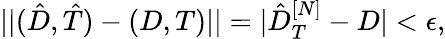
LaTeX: \vert\vert(\hat{D},\hat{T})-(D,T)\vert\vert=|\hat{D}_{T}^{[N]}-D|<\epsilon,